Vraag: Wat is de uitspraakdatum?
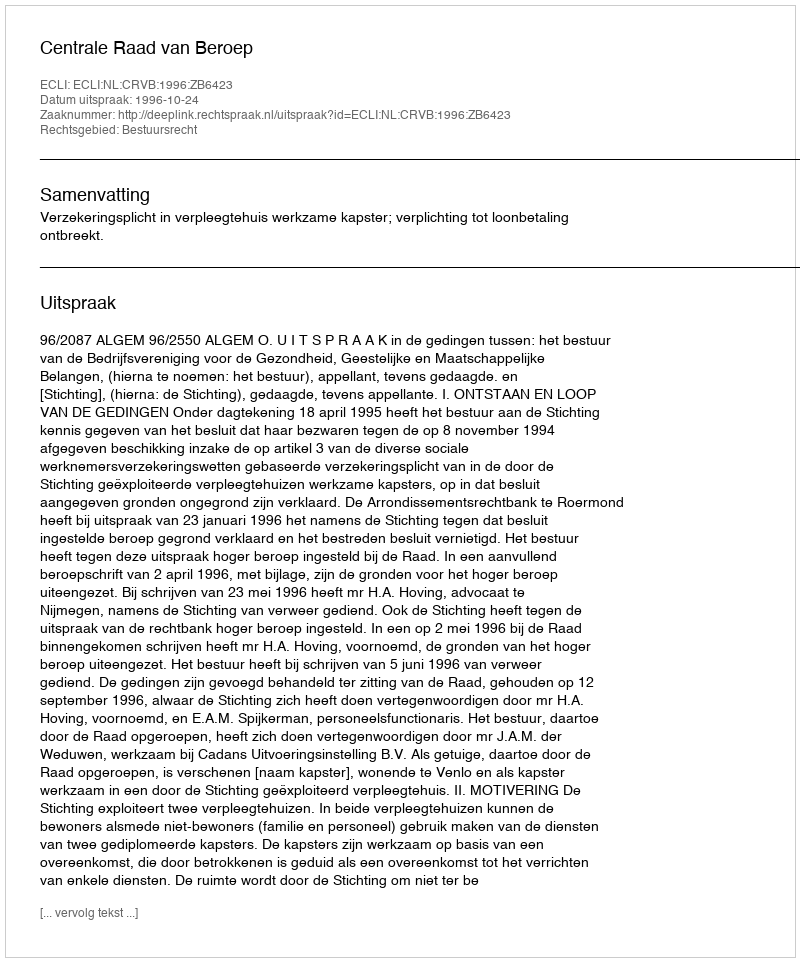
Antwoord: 1996-10-24